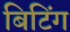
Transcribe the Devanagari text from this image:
बिटिंग